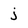
Character: j